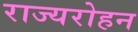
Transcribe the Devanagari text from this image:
राज्यरोहन